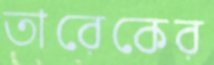
তারেকের